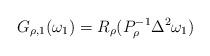
LaTeX: \begin{align*}G_{\rho ,1}(\omega _{1})=R_{\rho }(P_{\rho }^{-1}\Delta ^{2}\omega _{1})\end{align*}